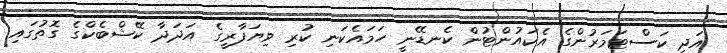
އަދި ކަސްޓަމަރުންގެ އެކައުންޓުން ކެނޑޭނީ ހަމައެކަނި ކުރި ވިޔަފާރީގެ އަދަދާ ކޭޝްބެކްގެ ގޮތުގައި